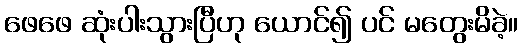
ဖေဖေ ဆုံးပါးသွားပြီဟု ယောင်၍ ပင် မတွေးမိခဲ့။